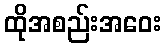
ထိုအစည်းအဝေး